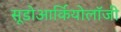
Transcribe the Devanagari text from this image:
सूडोआर्कियोलॉजी